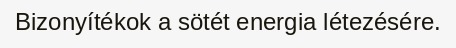
Bizonyítékok a sötét energia létezésére.